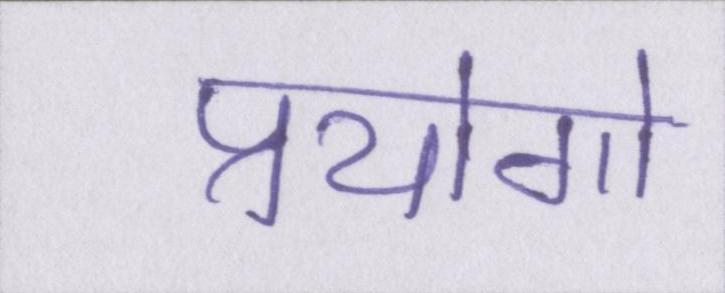
प्रयोगो